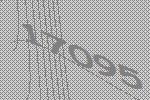
17095